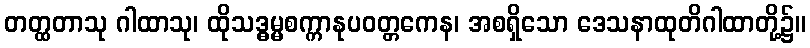
တတ္ထတာသု ဂါထာသု၊ ထိုသဒ္ဓမ္မစက္ကာနုပဝတ္တကေန၊ အစရှိသော ဒေသနာထုတိဂါထာတို့၌။